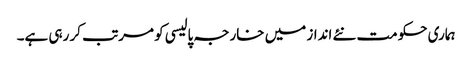
ہماری حکومت نئے انداز میں خارجہ پالیسی کو مرتب کر رہی ہے۔